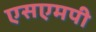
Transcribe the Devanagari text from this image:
एसएमपी